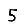
Digit: 5